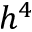
h ^ { 4 }